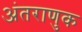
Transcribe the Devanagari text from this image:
अंतराणुक